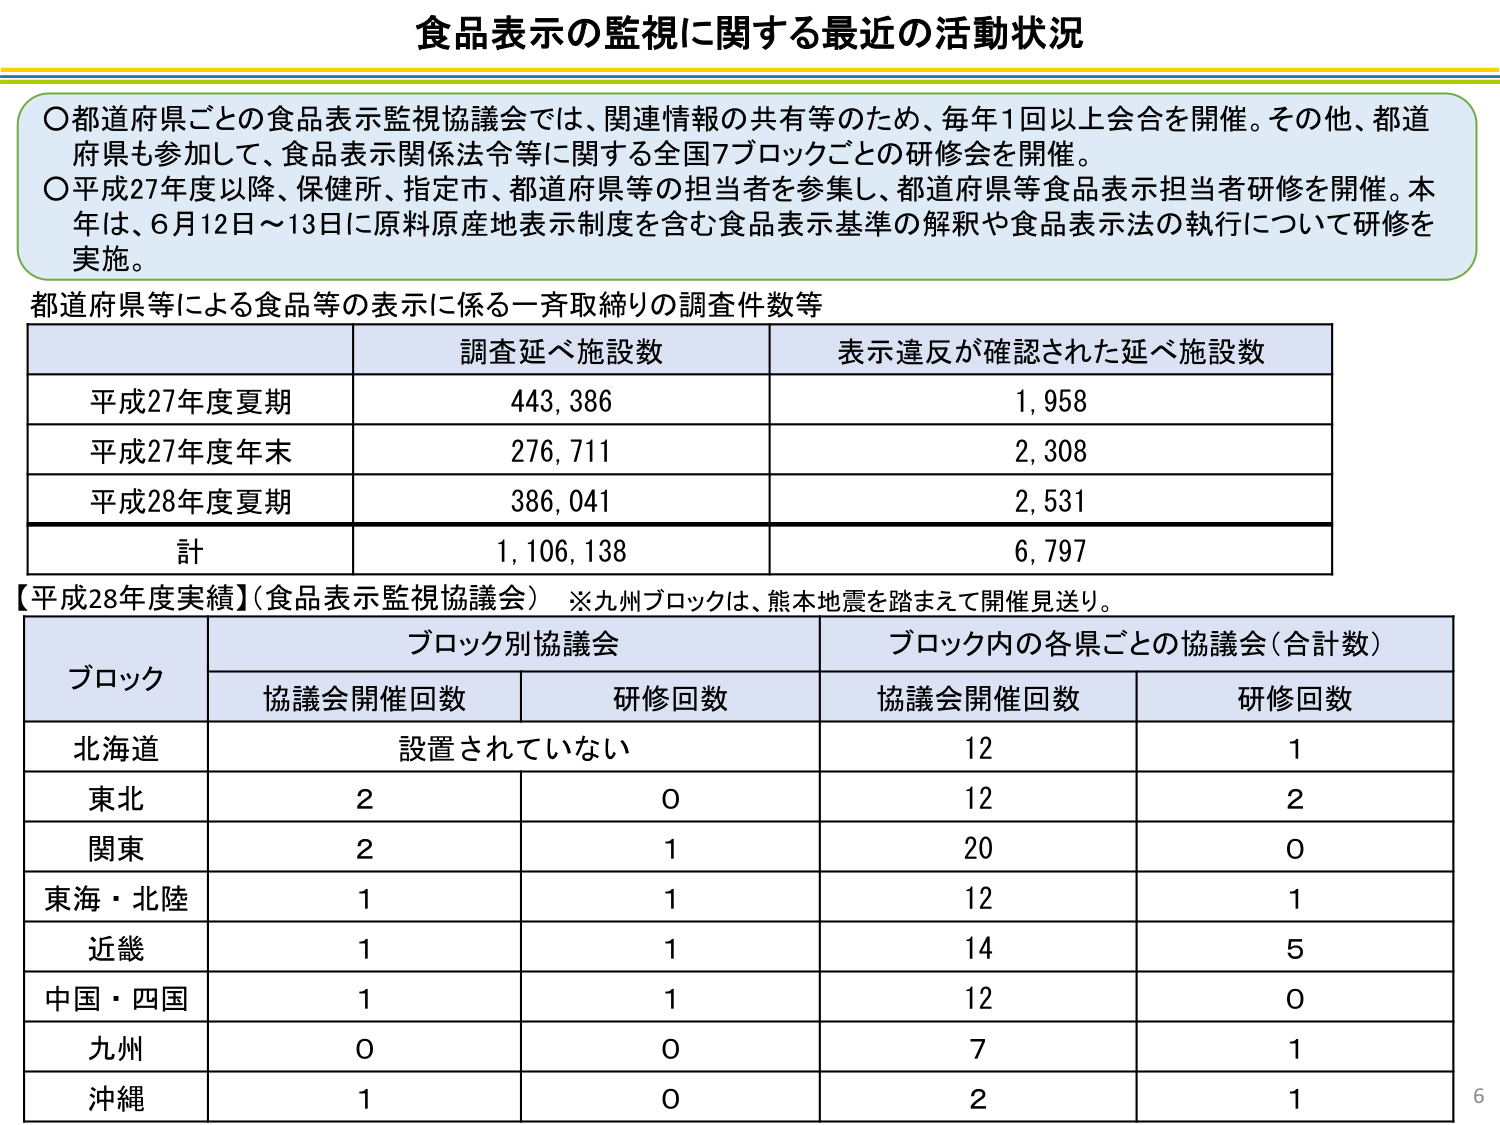
食品表示の監視に関する最近の活動状況

○都道府県ごとの食品表示監視協議会では、関連情報の共有等のため、毎年1回以上会合を開催。その他、都道府県も参加して、食品表示関係法令等に関する全国7ブロックごとの研修会を開催。
○平成27年度以降、保健所、指定市、都道府県等の担当者を参集し、都道府県等食品表示担当者研修を開催。本年は、6月12日～13日に原料原産地表示を含む食品表示基準の解釈や食品表示法の執行について研修を実施。

都道府県等による食品等の表示に係る一斉取締りの調査件数等

| | 調査延べ施設数 | 表示違反が確認された延べ施設数 |
|---|---|---|
| 平成27年度夏期 | 443,386 | 1,958 |
| 平成27年度年末 | 276,711 | 2,308 |
| 平成28年度夏期 | 386,041 | 2,531 |
| 計 | 1,106,138 | 6,797 |

【平成28年度実績】（食品表示監視協議会）　※九州ブロックは、熊本地震を踏まえて開催見送り。

| ブロック | ブロック別協議会 | | ブロック内の各県ごとの協議会（合計数） | |
|---|---|---|---|---|
| | 協議会開催回数 | 研修回数 | 協議会開催回数 | 研修回数 |
| 北海道 | 設置されていない | | 12 | 1 |
| 東北 | 2 | 0 | 12 | 2 |
| 関東 | 2 | 1 | 20 | 0 |
| 東海・北陸 | 1 | 1 | 12 | 1 |
| 近畿 | 1 | 1 | 14 | 5 |
| 中国・四国 | 1 | 1 | 12 | 0 |
| 九州 | 0 | 0 | 7 | 1 |
| 沖縄 | 1 | 0 | 2 | 1 |

6